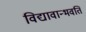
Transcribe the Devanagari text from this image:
विद्यावान्भवति